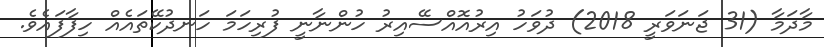
މާދަމާ (31 ޖަނަވަރީ 2018) ދުވަހު އިރުއޮއްސޭއިރު ހުންނާނީ ފުރިހަމަ ހަނދުކޭތައެއް ހިފާފައެވެ.